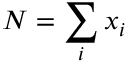
N = \sum _ { i } x _ { i }